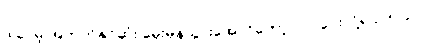
ဒါပေမဲ့ အတတ်နိုင်ဆုံး မှေးမှိန်သွားအောင်တော့ လုပ်ပေးလို့ရပါတယ်။